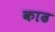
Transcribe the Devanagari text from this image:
काढ